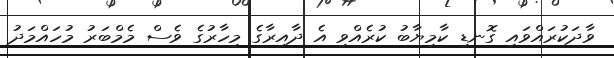
ވާދަކުރައްވައި ގޮނޑި ކާމިޔާބު ކުރެއްވި އެ ދާއިރާގެ މިހާރުގެ ވެސް މެމްބަރު މުހައްމަދު